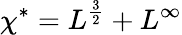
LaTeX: \chi^{\ast}=L^{\frac{3}{2}}+L^{\infty}